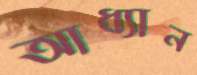
আধ্যান